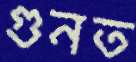
গুনত